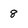
Character: 8